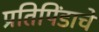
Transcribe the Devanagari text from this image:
प्रतिपिंडाचे